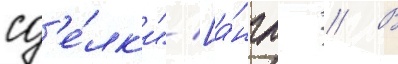
сд'е́лк'и" [а́нгл. // В